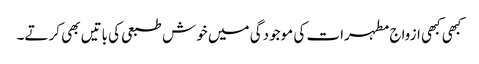
کبھی کبھی ازواج مطہرات کی موجودگی میں خوش طبعی کی باتیں بھی کرتے۔